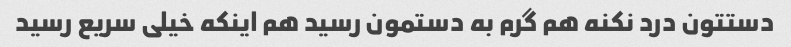
دستتون درد نکنه هم گرم به دستمون رسید هم اینکه خیلی سریع رسید